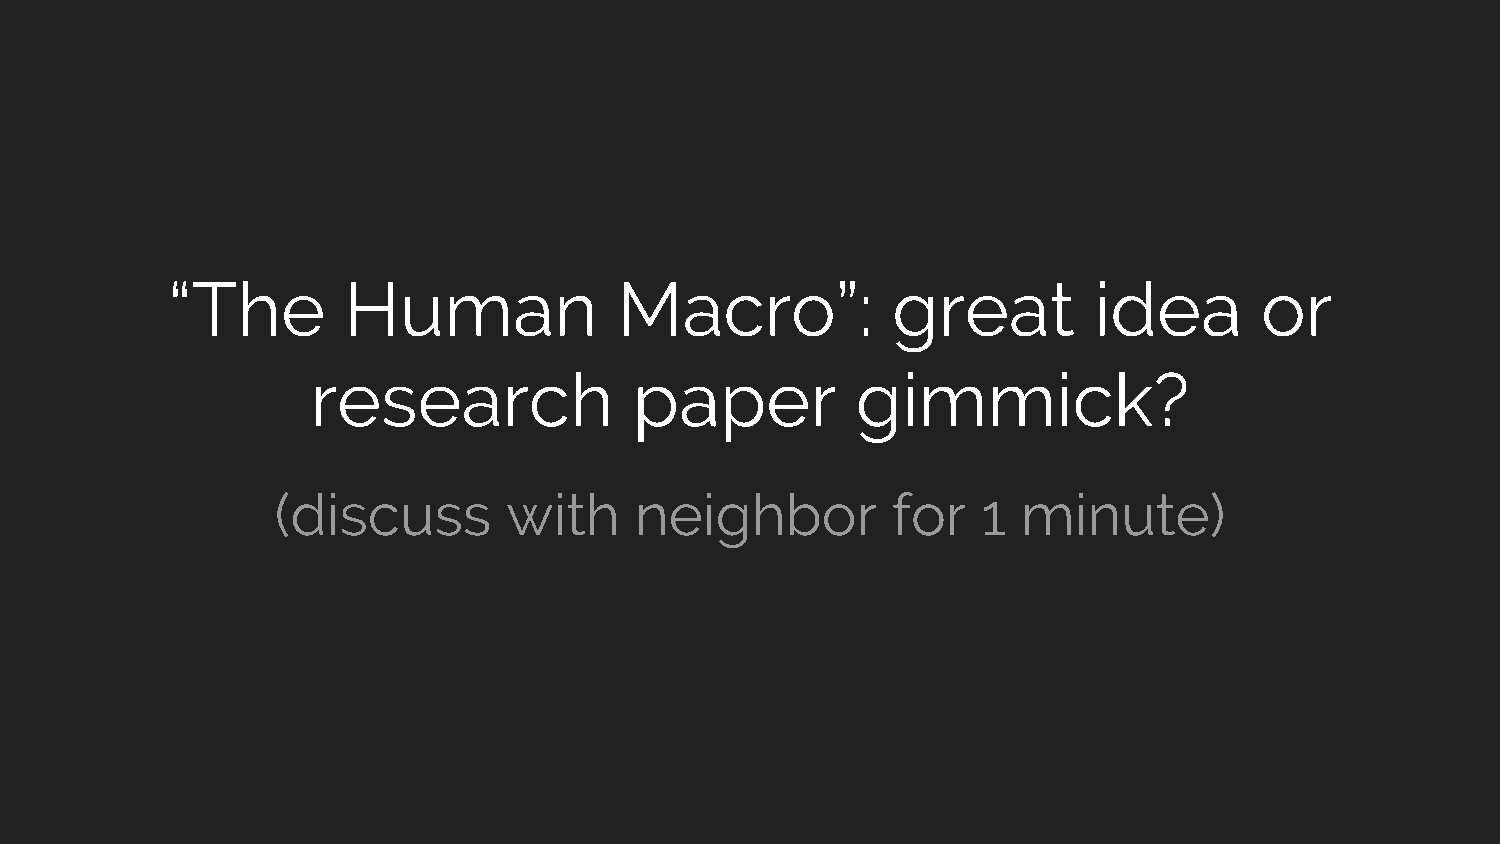
“The        Human             Macro”:           great        idea       or
 research             paper          gimmick?
 (discuss        with    neighbor         for   1  minute)